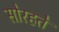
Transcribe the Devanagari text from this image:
सोरहते